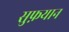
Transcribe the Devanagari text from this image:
सुफ़यान